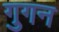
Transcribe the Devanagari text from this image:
गुगन